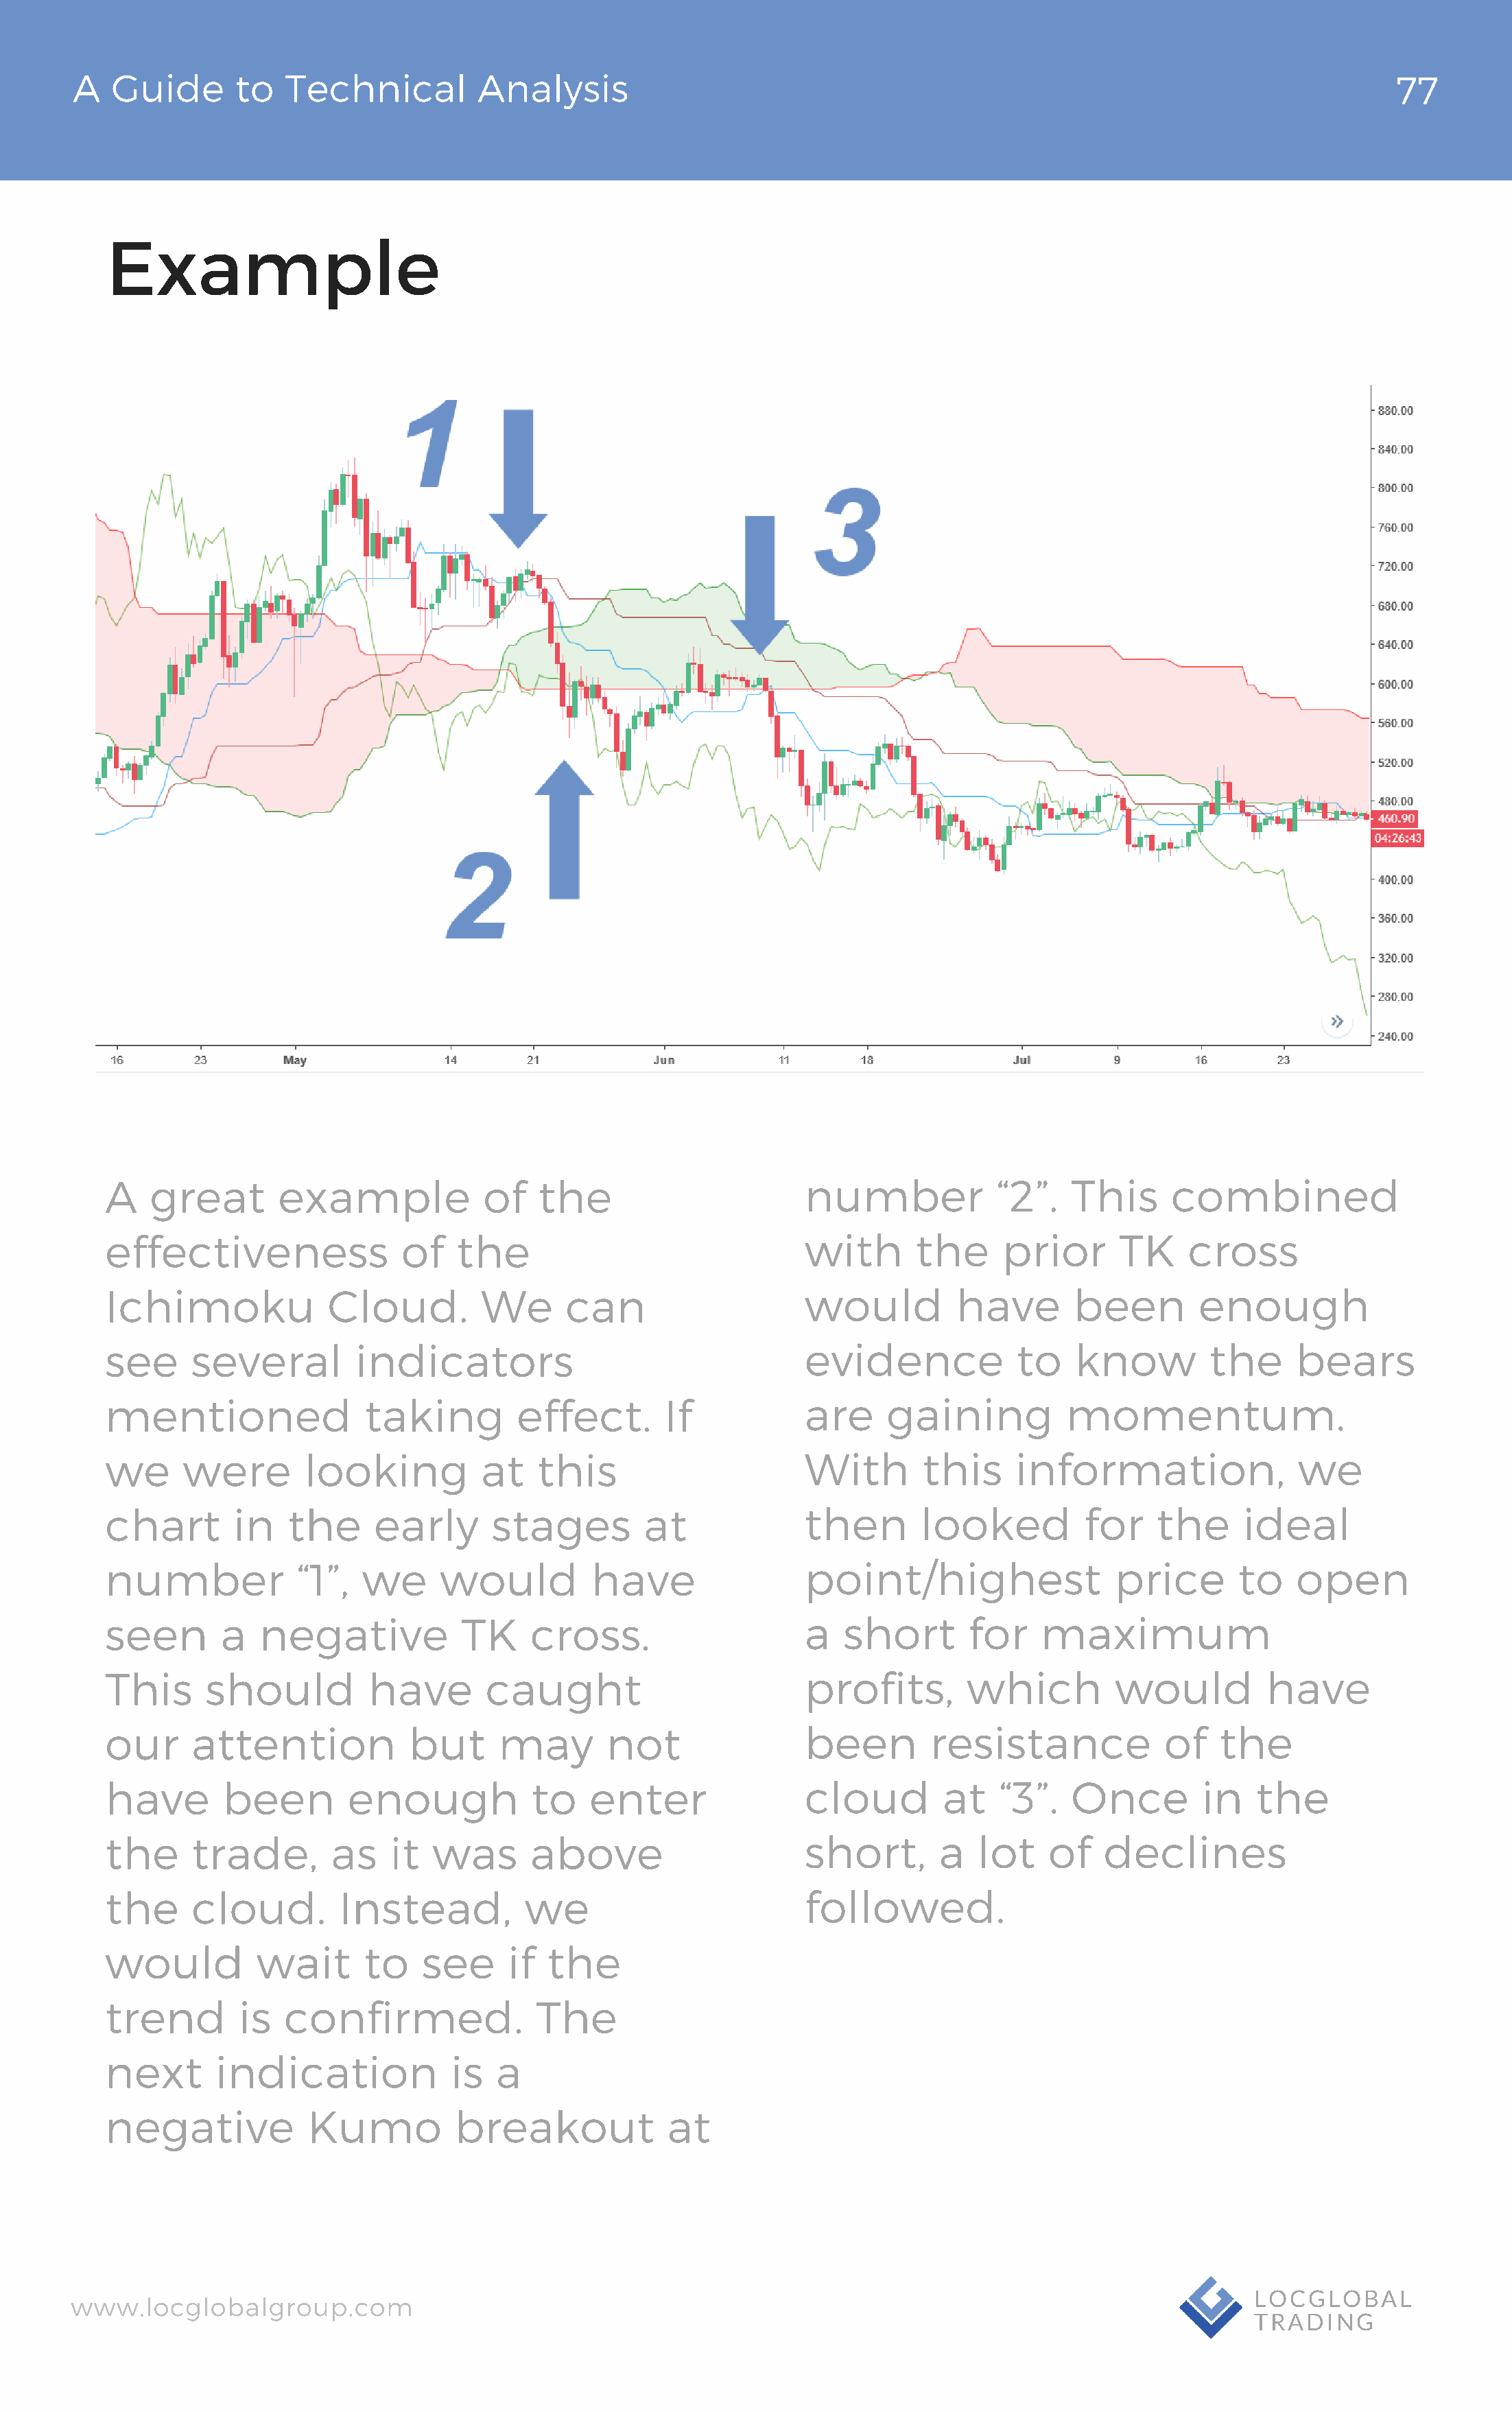
A   Guide       to  Technical          Analysis                                                                                 77
 Example
 A   great        example             of   the                       number            “2”.   This      combined
 effectiveness                of   the                               with      the      prior      TK     cross
 Ichimoku              Cloud.        We       can                    would         have        been        enough
 see     several         indicators                                  evidence            to    know         the     bears
 mentioned                taking         effect.       If            are     gaining          momentum.
 we      were       looking          at    this                      With       this     information,               we
 chart        in   the     early      stages         at              then       looked          for    the     ideal
 number             “1”,  we     would          have                 point/highest                price       to    open
 seen       a   negative           TK     cross.                     a  short       for    maximum
 This      should          have       caught                         profits,       which          would         have
 our     attention            but      may       not                 been        resistance            of    the
 have       been         enough           to    enter                cloud        at   “3”.   Once         in   the
 the     trade,        as    it  was      above                      short,       a  lot    of   declines
 the     cloud.         Instead,          we                         followed.
 would          wait      to    see     if  the
 trend        is  confirmed.               The
 next       indication            is   a
 negative            Kumo          breakout            at
 www.locglobalgroup.com                                                                                            LOCGLOBAL
 TRADING